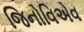
જિનોવિએવ